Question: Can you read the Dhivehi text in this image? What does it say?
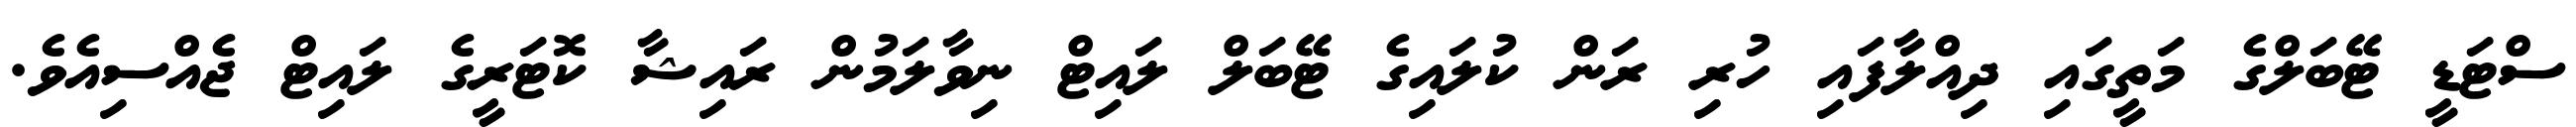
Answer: ސްޓަޑީ ޓޭބަލްގެ މަތީގައި ދިއްލާފައި ހުރި ރަން ކުލައިގެ ޓޭބަލް ލައިޓް ނިވާލަމުން ރައިޝާ ކޮޓަރީގެ ލައިޓް ޖެއްސިއެވެ.